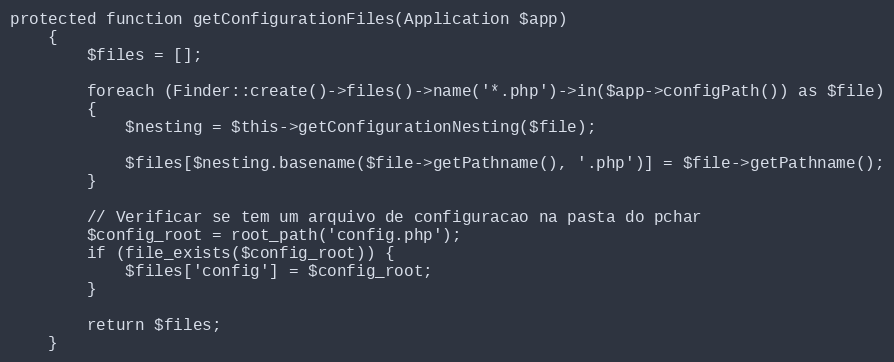
Language: PHP
protected function getConfigurationFiles(Application $app)
	{
		$files = [];

		foreach (Finder::create()->files()->name('*.php')->in($app->configPath()) as $file)
		{
			$nesting = $this->getConfigurationNesting($file);

			$files[$nesting.basename($file->getPathname(), '.php')] = $file->getPathname();
		}

        // Verificar se tem um arquivo de configuracao na pasta do pchar
        $config_root = root_path('config.php');
        if (file_exists($config_root)) {
            $files['config'] = $config_root;
        }

		return $files;
	}